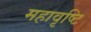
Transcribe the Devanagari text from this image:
महावृष्टि